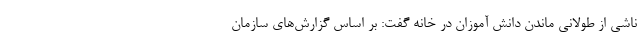
ناشی از طولانی ماندن دانش آموزان در خانه گفت: بر اساس گزارش‌های سازمان